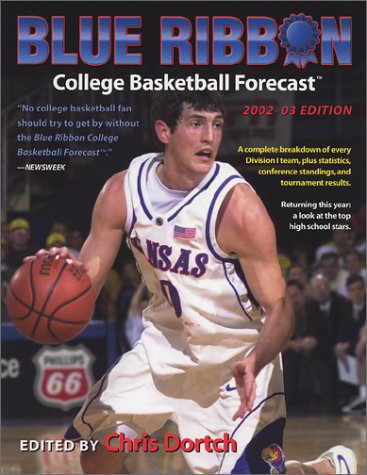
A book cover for Blue Ribbon College Basketball Yearbook: 2002-2003 Edition (Chris Dortch's College Basketball Forecast); Chris Dortch; Sports & Outdoors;